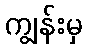
ကျွန်းမှ